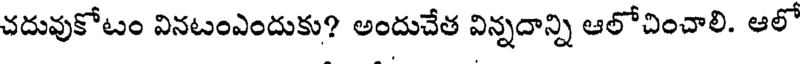
చదువుకోటం వినటంఎందుకు? అందుచేత విన్నదాన్ని ఆలోచించాలి. ఆలో